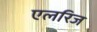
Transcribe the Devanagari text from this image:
एलरिज